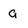
Character: g